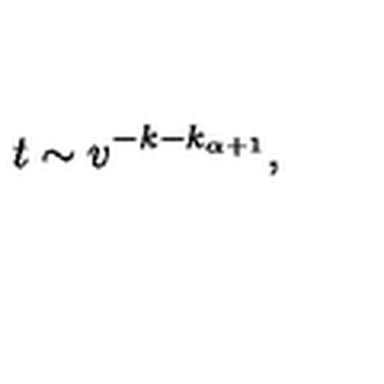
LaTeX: t \sim v ^ { - k - k _ { \alpha + 1 } } ,